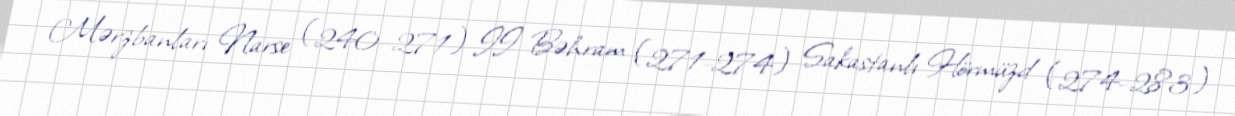
Mərzbanları Narse (240–271) II Bəhram (271-274) Sakastanlı Hörmüzd (274–283)